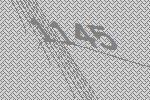
1145